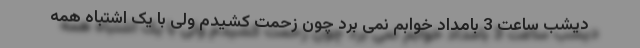
دیشب ساعت 3 بامداد خوابم نمی برد چون زحمت کشیدم ولی با یک اشتباه همه